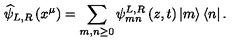
\widehat { \psi } _ { L , R } \left( x ^ { \mu } \right) = \sum _ { m , n \geq 0 } \psi _ { m n } ^ { L , R } \left( z , t \right) \left| m \right\rangle \left\langle n \right| .